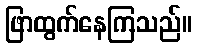
ဖြာထွက်နေကြသည်။